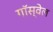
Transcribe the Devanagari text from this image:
गॉस्वेल